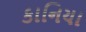
કાનિયા